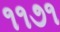
૧૧૭૧